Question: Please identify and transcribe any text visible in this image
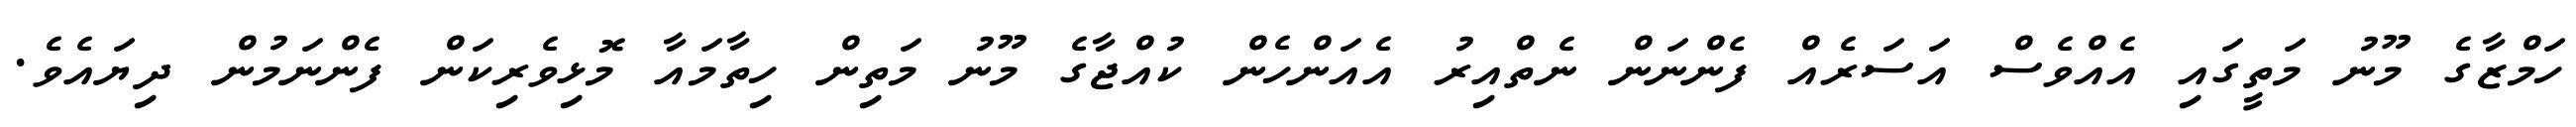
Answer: ހަމްޒާގެ މޫނު މަތީގައި އެއްވެސް އަސަރެއް ފެންނަން ނެތްއިރު އެއަންހެން ކުއްޖާގެ މޫނު މަތިން ހިތާމައާ މޮޅިވެރިކަން ފެންނަމުން ދިޔައެވެ.